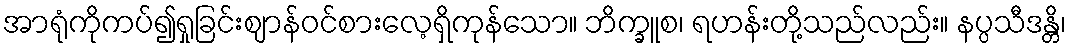
အာရုံကိုကပ်၍ရှုခြင်းဈာန်ဝင်စားလေ့ရှိကုန်သော။ ဘိက္ခူစ၊ ရဟန်းတို့သည်လည်း။ နပ္ပသီဒန္တိ၊